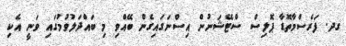
ގދ. ފަރެސްމާތޮޑާ ޕޮލިސް ސްޓޭޝަނުން އިސްނަގައިގެން ބޭއްވި މި ބައްދަލުވުމުގައި ވަނީ އެކި